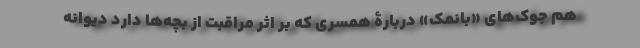
هم جوک‌های «بانمک» دربارۀ همسری که بر اثر مراقبت از بچه‌ها دارد دیوانه